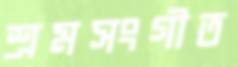
শ্রমসংগীত